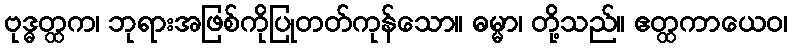
ဗုဒ္ဓတ္ထက၊ ဘုရားအဖြစ်ကိုပြုတတ်ကုန်သော။ ဓမ္မာ၊ တို့သည်။ ဧတ္ထကာယေဝ၊